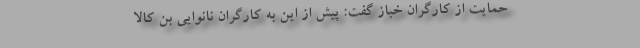
حمایت از کارگران خباز گفت: پیش از این به کارگران نانوایی بن کالا